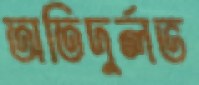
অতিদুর্লভ